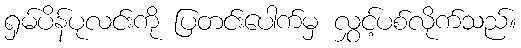
ရှမ်ပိန်ပုလင်းကို ပြတင်းပေါက်မှ လွှင့်ပစ်လိုက်သည်။